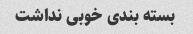
بسته بندی خوبی نداشت